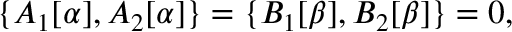
\{ A _ { 1 } [ \alpha ] , A _ { 2 } [ \alpha ] \} = \{ B _ { 1 } [ \beta ] , B _ { 2 } [ \beta ] \} = 0 ,